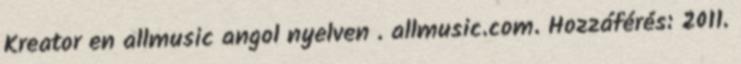
Kreator en allmusic angol nyelven . allmusic.com. Hozzáférés: 2011.